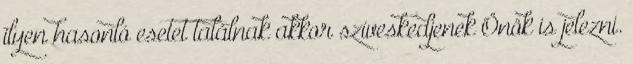
ilyen hasonló esetet találnak akkor szíveskedjenek Önök is jelezni.